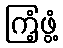
ကြံ့ဖွံ့